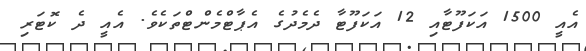
އެއީ 1500 އަކަފޫޓާއި 12 އަކަފޫޓާ ދެމެދުގެ އެޕާޓްމެންޓްތަކެވެ. އެއީ ދެ ކޮޓަރި